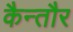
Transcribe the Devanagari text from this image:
कैन्तौर